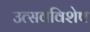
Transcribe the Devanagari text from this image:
उत्सवविशेष